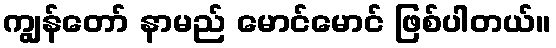
ကျွန်တော် နာမည် မောင်မောင် ဖြစ်ပါတယ်။